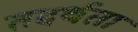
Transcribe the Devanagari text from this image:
तदर्थता